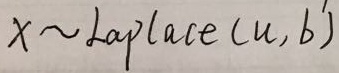
\(X\sim \mathrm{Laplace}(\mu, b)\)